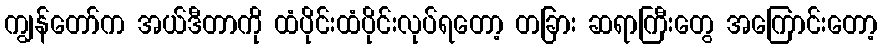
ကျွန်တော်က အယ်ဒီတာကို ထံပိုင်းထံပိုင်းလုပ်ရတော့ တခြား ဆရာကြီးတွေ အကြောင်းတော့